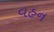
વહન